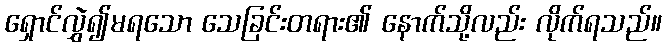
ရှောင်လွှဲ၍မရသော သေခြင်းတရား၏ နောက်သို့လည်း လိုက်ရသည်။